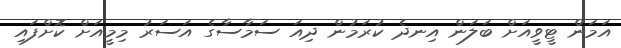
އަމަން ޓީވީއަށް ބަލަން އިނދެ ކުރަމުން ދިއަ ސަމާސާގެ އަސަރު މިމީއަށް ކޮށްފައި